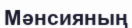
Мәнсияның